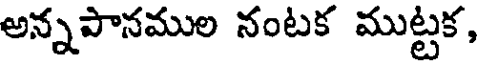
అన్నపానముల నంటక ముట్టక,